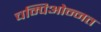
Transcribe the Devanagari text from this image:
चम्पिओन्नत